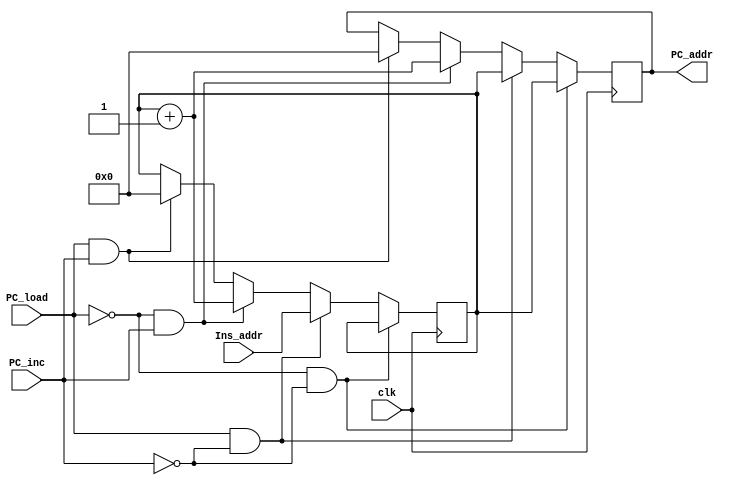
module PC(clk, Ins_addr,PC_load, PC_inc, PC_addr);

//PC_load & PC_inc are the control signal received from the CPU
//PC_load is the address from the instruction set/represent the instruction set load into PC
input clk, PC_load, PC_inc;
input [15:0] Ins_addr; //ROM_addr
output reg [15:0] PC_addr; //this will go in InsROM

reg [15:0] temp;



//something 
always@(posedge clk) begin

    // if(PC_inc == 1) begin
    //     temp = temp+1;
    //     PC_addr <= temp;
    // end
    if(PC_load == 0 && PC_inc == 0) begin
        temp <= temp;
        PC_addr <= temp;
    end

    else if(PC_load == 1 && PC_inc == 0) begin
        temp <= Ins_addr;
        PC_addr <= temp;
    end

    else if(PC_load == 0 && PC_inc == 1) begin
        temp = temp + 16'b0000000000000001;
        PC_addr <= temp;
    end

    else if(PC_load == 1 && PC_inc == 1) begin
        temp = 16'b0000000000000000;
        PC_addr <= temp;
    end

    
end
endmodule